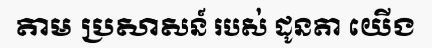
តាម ប្រសាសន៍ របស់ ដូនតា យើង